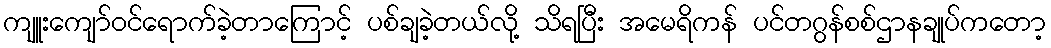
ကျူးကျော်ဝင်ရောက်ခဲ့တာကြောင့် ပစ်ချခဲ့တယ်လို့ သိရပြီး အမေရိကန် ပင်တဂွန်စစ်ဌာနချုပ်ကတော့